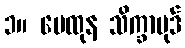
၁။ မေထုန သိက္ခာပုဒ်